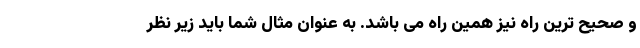
و صحیح ترین راه نیز همین راه می باشد. به عنوان مثال شما باید زیر نظر